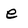
Character: e